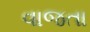
વાજતા